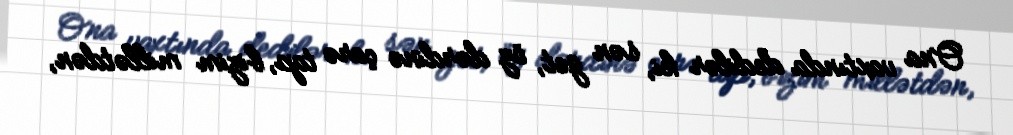
Ona vaxtında dedilər ki, sən get, öz dərdinə çarə tap, bizim millətdən,